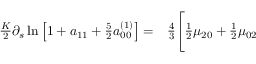
\begin{array} { r l } { \frac { K } { 2 } \partial _ { s } \ln \left[ 1 + a _ { 1 1 } + \frac { 5 } { 2 } a _ { 0 0 } ^ { ( 1 ) } \right] = } & { { } \frac { 4 } { 3 } \Bigg [ \frac { 1 } { 2 } \mu _ { 2 0 } + \frac { 1 } { 2 } \mu _ { 0 2 } } \end{array}